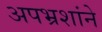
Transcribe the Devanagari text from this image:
अपभ्रशांने